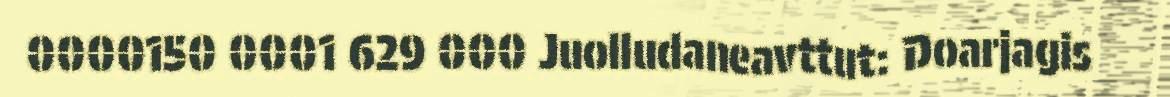
0000150 0001 629 000 Juolludaneavttut: Doarjagis